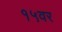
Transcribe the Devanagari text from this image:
१५वर